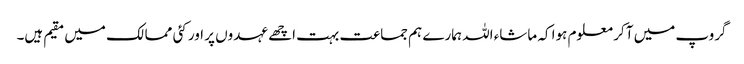
گروپ میں آ کر معلوم ہوا کہ ماشاء اللہ ہمارے ہم جماعت بہت اچھے عہدوں پر اور کئی ممالک میں مقیم ہیں۔